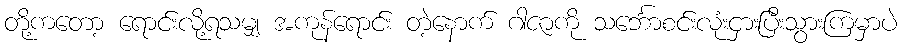
တို့ကတော့ ရောင်းလို့ရသမျှ အကုန်ရောင်း တဲ့နောက် ဂါဇာကို သင်္ဘောစင်းလုံးငှားပြီးသွားကြမှာပဲ